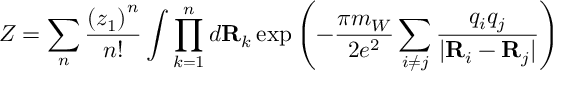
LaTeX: Z = \sum _ { n } { \frac { \left( z _ { 1 } \right) ^ { n } } { n ! } } \int \prod _ { k = 1 } ^ { n } d { \bf R } _ { k } \exp \left( - { \frac { \pi m _ { W } } { 2 e ^ { 2 } } } \sum _ { i \not = j } { \frac { q _ { i } q _ { j } } { \vert { \bf R } _ { i } - { \bf R } _ { j } \vert } } \right)